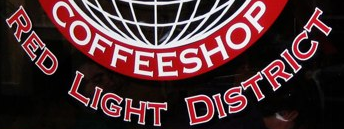
RED LIGHT DISTRICT